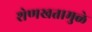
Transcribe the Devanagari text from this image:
शेणखतामुळे